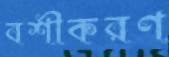
বশীকরণ